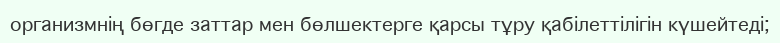
организмнің бөгде заттар мен бөлшектерге қарсы тұру қабілеттілігін күшейтеді;